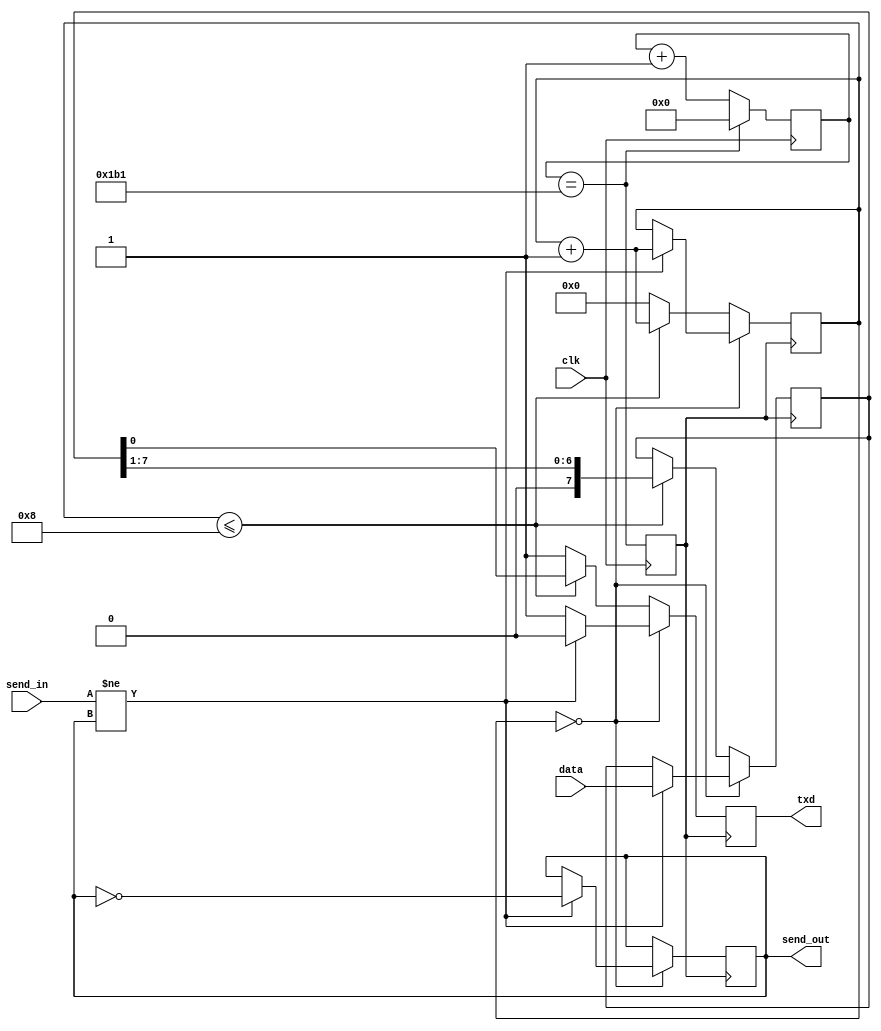
module UART_tx(
	input wire clk,
	
	input wire [7:0] data,
	
	input wire send_in,
	output reg send_out,
	
	output reg txd
);

localparam
	PRESCALER = 9'd433;

reg [8:0] div;	
reg tx_clk;

reg [3:0] bitn;
reg [7:0] buffer;

always @(posedge clk)
begin
	div <= div == PRESCALER ? 9'd0 : div + 1'd1;
	tx_clk <= div == PRESCALER;
end

always @(posedge tx_clk)
begin
	if (bitn == 4'd0)
	begin
		if (send_in != send_out)
		begin
			bitn <= bitn + 1'd1;
			buffer <= data;
			send_out <= ~send_out;
			txd <= 1'b0;
		end
		else
		begin
			txd <= 1'b1;
		end
	end
	else
	begin
		if (bitn <= 4'd8)
		begin
			buffer <= {1'b0, buffer[7:1]};
			bitn <= bitn + 1'd1;
			txd <= buffer[0];
		end
		else
		begin
			bitn <= 4'd0;
			txd <= 1'b1;
		end
	end
end

endmodule